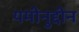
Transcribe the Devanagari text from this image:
यमीनुद्दीन